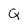
Character: Q